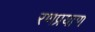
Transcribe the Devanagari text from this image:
रणप्रयाण